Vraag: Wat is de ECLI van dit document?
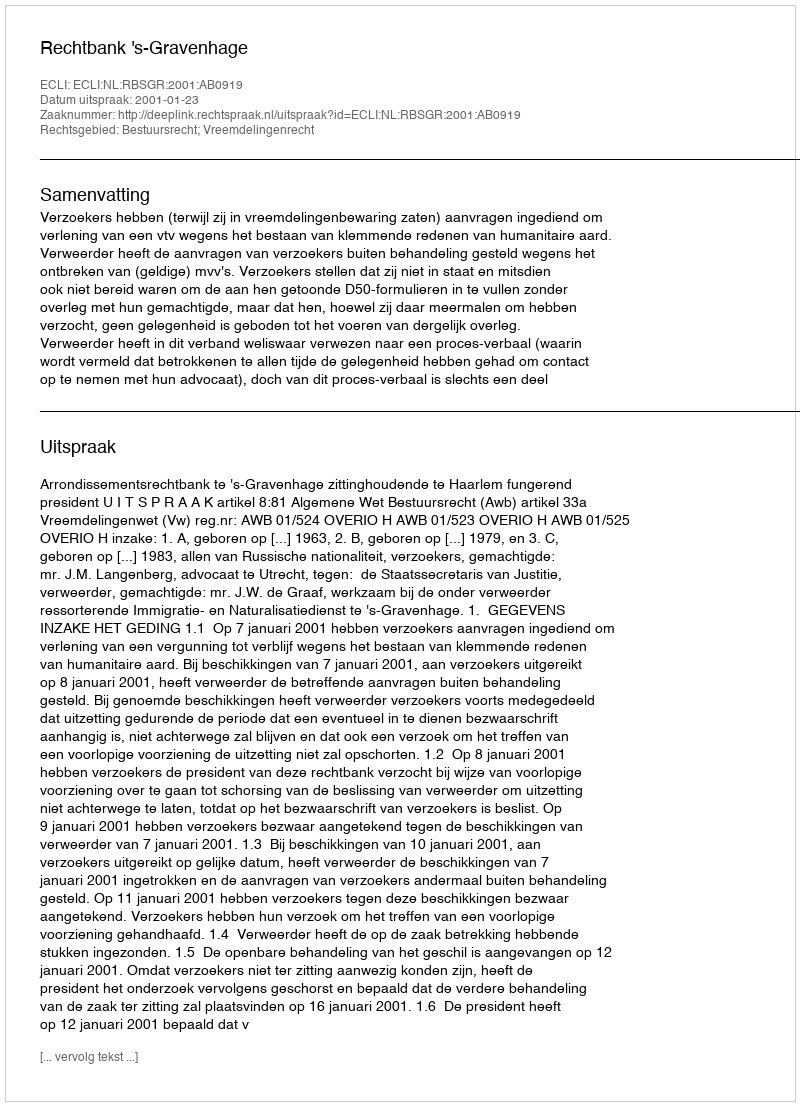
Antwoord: ECLI:NL:RBSGR:2001:AB0919